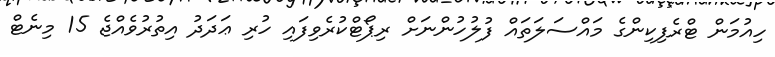
ހިއުމަން ޓްރެފިކިންގެ މައްސަލަތައް ފުލުހުންނަށް ރިޕޯޓްކުރެވިފައި ހުރި ޢަދަދު އިތުރުވެއްޖެ 15 މިނެޓް